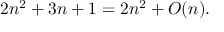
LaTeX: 2 n ^ { 2 } + 3 n + 1 = 2 n ^ { 2 } + O ( n ) .